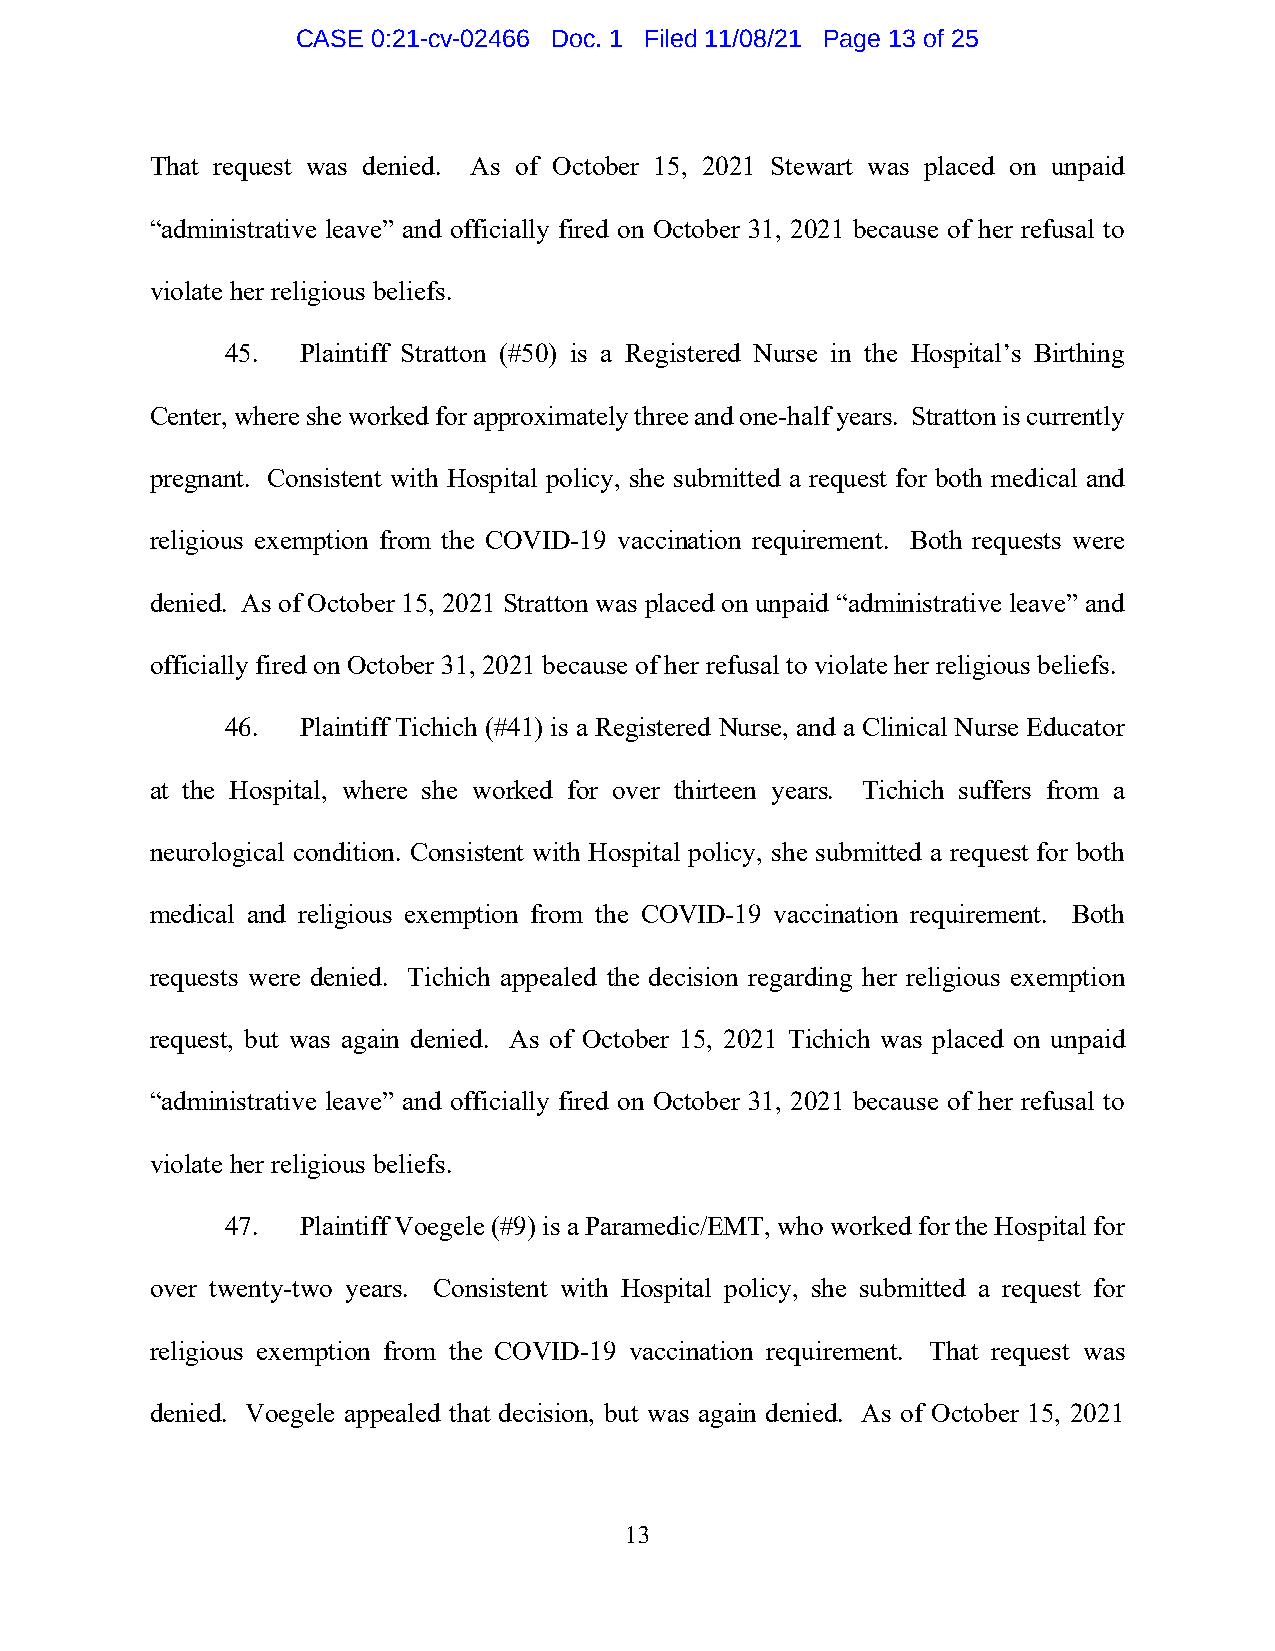
CASE 0:21-cv-02466 Doc. 1 Filed 11/08/21 Page 13 of 25
 That request was denied. As of October 15, 2021 Stewart was placed on unpaid
 “administrative leave” and officially fired on October 31, 2021 because of her refusal to
 violate her religious beliefs.
 45.  Plaintiff Stratton (#50) is a Registered Nurse in the Hospital’s Birthing
 Center, where she worked for approximately three and one-half years. Stratton is currently
 pregnant. Consistent with Hospital policy, she submitted a request for both medical and
 religious exemption from the COVID-19 vaccination requirement. Both requests were
 denied. As of October 15, 2021 Stratton was placed on unpaid “administrative leave” and
 officially fired on October 31, 2021 because of her refusal to violate her religious beliefs.
 46.  Plaintiff Tichich (#41) is a Registered Nurse, and a Clinical Nurse Educator
 at the Hospital, where she worked for over thirteen years. Tichich suffers from a
 neurological condition. Consistent with Hospital policy, she submitted a request for both
 medical and religious exemption from the COVID-19 vaccination requirement. Both
 requests were denied. Tichich appealed the decision regarding her religious exemption
 request, but was again denied. As of October 15, 2021 Tichich was placed on unpaid
 “administrative leave” and officially fired on October 31, 2021 because of her refusal to
 violate her religious beliefs.
 47.  Plaintiff Voegele (#9) is a Paramedic/EMT, who worked for the Hospital for
 over twenty-two years. Consistent with Hospital policy, she submitted a request for
 religious exemption from the COVID-19 vaccination requirement. That request was
 denied. Voegele appealed that decision, but was again denied. As of October 15, 2021
 13